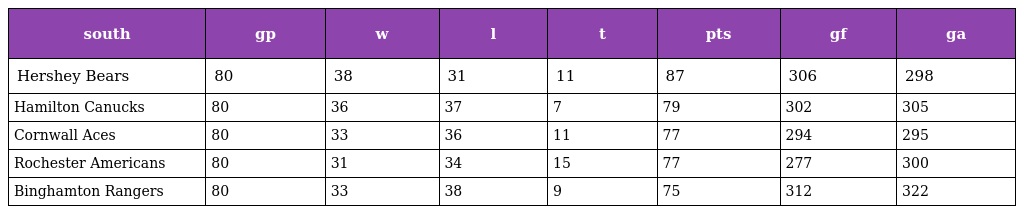
| south | gp | w | l | t | pts | gf | ga |
 | --- | --- | --- | --- | --- | --- | --- | --- |
 | Hershey Bears | 80 | 38 | 31 | 11 | 87 | 306 | 298 |
 | Hamilton Canucks | 80 | 36 | 37 | 7 | 79 | 302 | 305 |
 | Cornwall Aces | 80 | 33 | 36 | 11 | 77 | 294 | 295 |
 | Rochester Americans | 80 | 31 | 34 | 15 | 77 | 277 | 300 |
 | Binghamton Rangers | 80 | 33 | 38 | 9 | 75 | 312 | 322 |